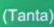
(Tanta)